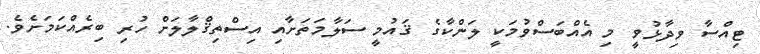
ޓިއްސާ ވިދާޅުވީ މި އެއްބަސްވުމަކީ ލަންކާގެ ޤައުމީ ސަލާމަތަށާއި އިސްތިޤްލާލަށް ހުރި ބިރެއްކަމަށެވެ.